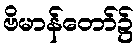
ဗိမာန်တော်၌